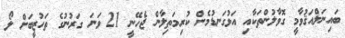
ބައިނަލްއަޤުވާމީ ގޮވާލުންތަކާއި އަޅުގަނޑުމެން ކުރިމަތިލާން ޖެހޭނީ 21 ވަނަ ގަރުނުގެ ތަހުޒީބަށް ލޯ